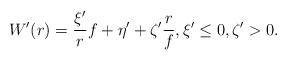
LaTeX: \begin{align*} W'(r) = \frac{\xi'}{r}f + \eta' + \zeta'\frac{r}{f}, \xi' \le 0, \zeta'>0.\end{align*}